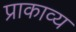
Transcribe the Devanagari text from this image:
प्राकाव्य